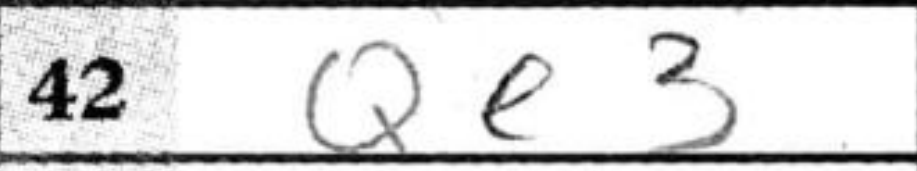
Transcription: Qe3